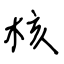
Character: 核